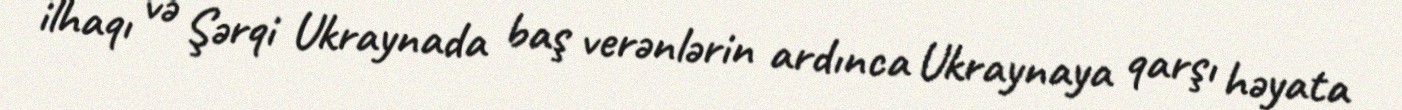
ilhaqı və Şərqi Ukraynada baş verənlərin ardınca Ukraynaya qarşı həyata